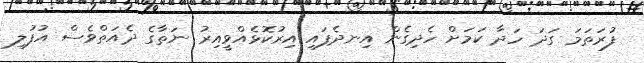
ފުރަތަމަ ގަދަ ހަދާ ކަމަށް ހެދިގެން އިނދެފައި އިރުކޮޅެއްވީއިރު ނަތާގެ ދެއަތްވެސް އުފުލި